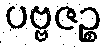
ပဗ္ဗဇဉ္စ